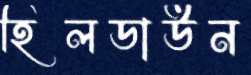
হিলডাউন